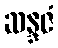
ဆန္ဒဇံ